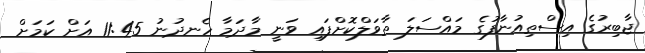
ޖާބިރުގެ އިސްތިއުނާފުގެ މައްސަލަ ތާވަލްކޮށްފައި ވަނީ މާދަމާ ހެނދުނު 11:45 އަށް ކަމަށް